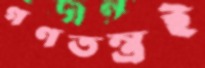
গণতন্ত্রই